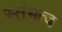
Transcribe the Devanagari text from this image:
स्तंभत्व